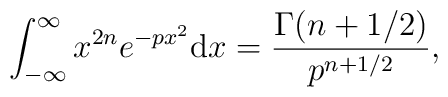
\int_{- \infty}^{\infty} x^{2n} e^{-p x^2} {\rm d} x  =  {\Gamma (n + 1/2)  \over p^{n+ 1/2}},